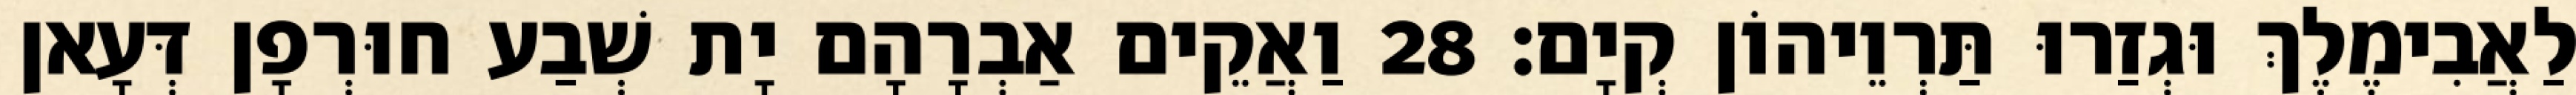
לַאֲבִימֶלֶךְ וּגְזַרוּ תַּרְוֵיהוֹן קְיָם׃ 28 וַאֲקֵים אַבְרָהָם יָת שְׁבַע חוּרְפָן דְּעָאן